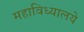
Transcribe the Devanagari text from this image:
महाविध्यालये